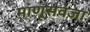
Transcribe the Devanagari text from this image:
माणूसवजा